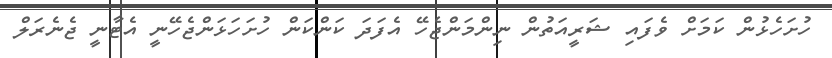
ހުށަހެޅުން ކަމަށް ވެފައި ޝަރީއަތުން ނިންމަންޖެހޭ އެފަދަ ކަންކަން ހުށަހަޅަންޖެހޭނީ އެޓާނީ ޖެނެރަލް